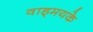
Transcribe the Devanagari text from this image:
वाड्मयके